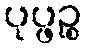
ပုပ္ဖဉ္စ